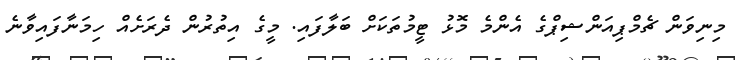
މިނިވަން ޗެމްޕިއަންޝިޕްގެ އެންމެ މޮޅު ޓީމުތަކަށް ބަލާފައި. މީގެ އިތުރުން ދެރަށެއް ހިމަނާފައިވާނެ